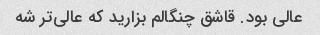
عالی بود. قاشق چنگالم بزارید که عالی‌تر شه